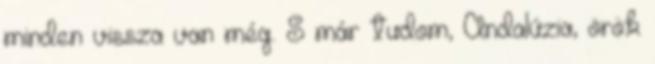
minden vissza van még. S már tudom, Andalúzia, örök